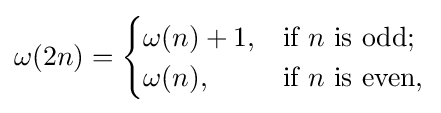
\omega (2n)={\begin{cases}\omega (n)+1,&{\text{if }}n{\text{ is odd; }}\\\omega (n),&{\text{if }}n{\text{ is even,}}\end{cases}}